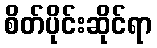
စိတ်ပိုင်းဆိုင်ရာ